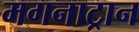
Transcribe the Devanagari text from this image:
मगनाट्रान